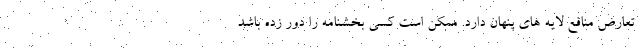
تعارض منافع لایه های پنهان دارد. ممکن است کسی بخشنامه را دور زده باشد